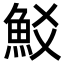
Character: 𩵲